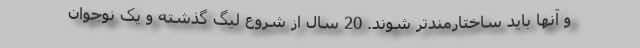
و آنها باید ساختارمندتر شوند. 20 سال از شروع لیگ گذشته و یک نوجوان